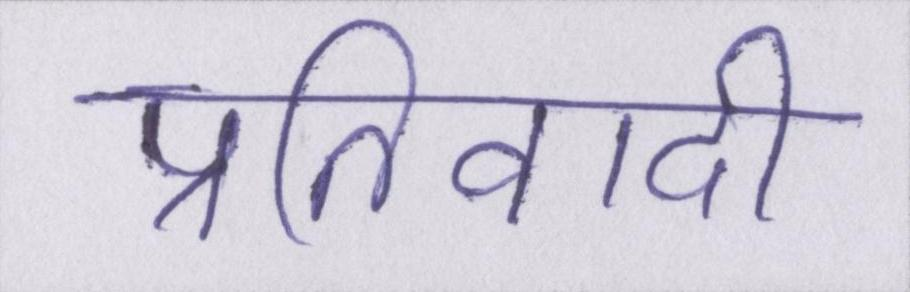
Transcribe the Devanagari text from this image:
प्रतिवादी